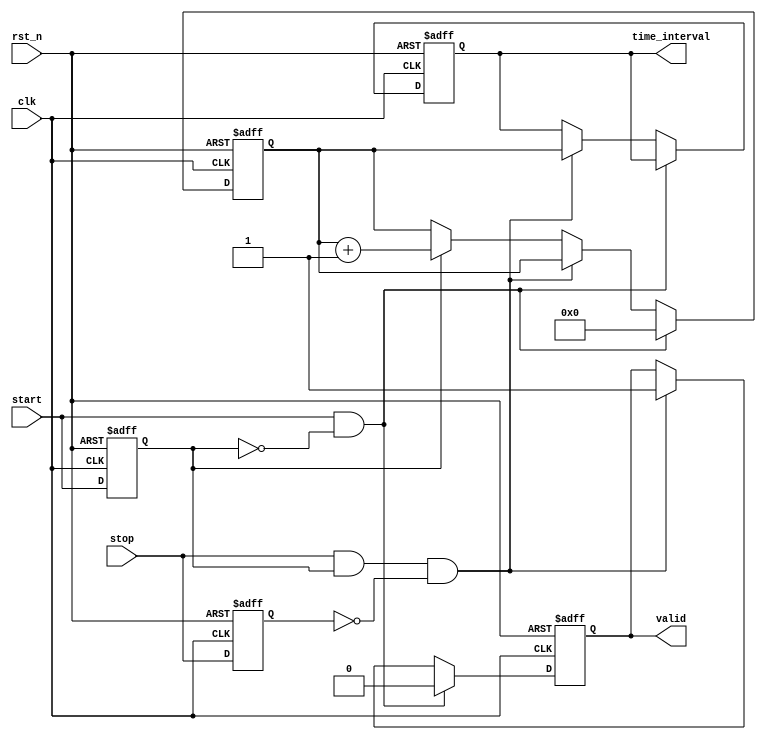
module TDC (
    input wire clk,            // High-frequency clock input
    input wire rst_n,         // Active low reset
    input wire start,         // Start event signal
    input wire stop,          // Stop event signal
    output reg [15:0] time_interval, // Output time interval (16-bit)
    output reg valid          // Output valid signal
);

    reg [15:0] counter;       // Counter for clock cycles
    reg start_detected;       // Flag indicating start event
    reg stop_detected;        // Flag indicating stop event

    // Edge detection for start and stop signals
    always @(posedge clk or negedge rst_n) begin
        if (!rst_n) begin
            start_detected <= 1'b0;
            stop_detected <= 1'b0;
        end else begin
            start_detected <= start;
            stop_detected <= stop;
        end
    end

    // Main counting logic
    always @(posedge clk or negedge rst_n) begin
        if (!rst_n) begin
            counter <= 16'b0;
            time_interval <= 16'b0;
            valid <= 1'b0;
        end else if (start && !start_detected) begin
            // Start counting on start edge
            counter <= 16'b0; // Reset counter at start
            valid <= 1'b0;    // Invalidate output
        end else if (stop && start_detected && !stop_detected) begin
            // Capture time interval on stop edge
            time_interval <= counter;
            valid <= 1'b1;    // Set valid output
        end else if (start_detected) begin
            // Increment counter if start has been detected
            counter <= counter + 1;
        end
    end

endmodule